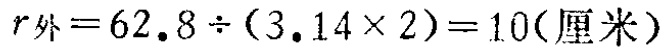
$r_{外}=62.8\div(3.14\times 2)=10(厘米)$